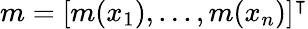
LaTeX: m=[m(x_{1}),...,m(x_{n})]^{\intercal}